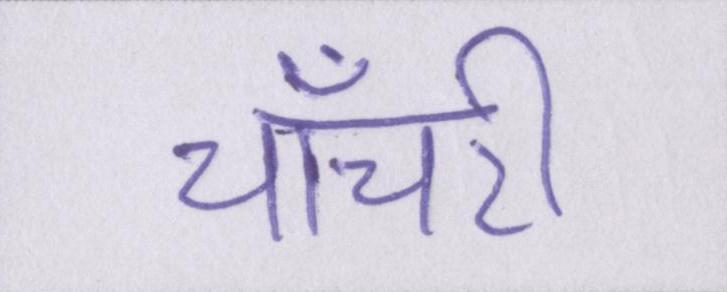
चाँचरी